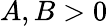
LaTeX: A,B>0